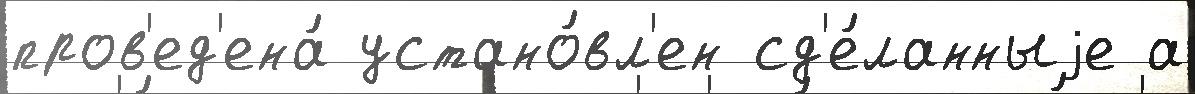
пров'ед'ена́ устано́вл'ен сд'е́ланныjе а